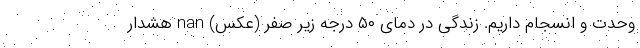
وحدت و انسجام داریم. زندگی در دمای ۵۰ درجه زیر صفر (عکس) nan هشدار